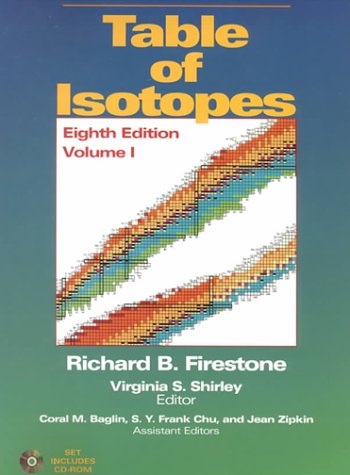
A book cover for Table of Isotopes; Richard B. Firestone; Science & Math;